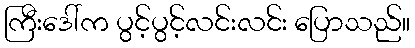
ကြီးဒေါ်က ပွင့်ပွင့်လင်းလင်း ပြောသည်။